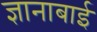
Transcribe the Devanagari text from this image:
ज्ञानाबाई